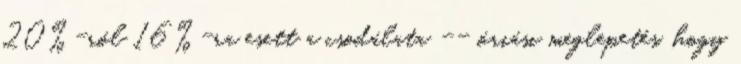
20%-ról 16%-ra esett a csodálata -- óriási meglepetés, hogy